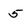
Character: 5